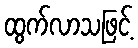
ထွက်လာသဖြင့်